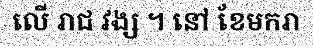
លើ រាជ វង្ស ។ នៅ ខែមករា